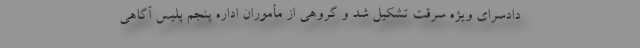
دادسرای ویژه سرقت تشکیل شد و گروهی از مأموران اداره پنجم پلیس آگاهی